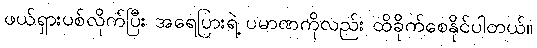
ဖယ်ရှားပစ်လိုက်ပြီး အရေပြားရဲ့ ပမာဏကိုလည်း ထိခိုက်စေနိုင်ပါတယ်။